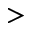
>